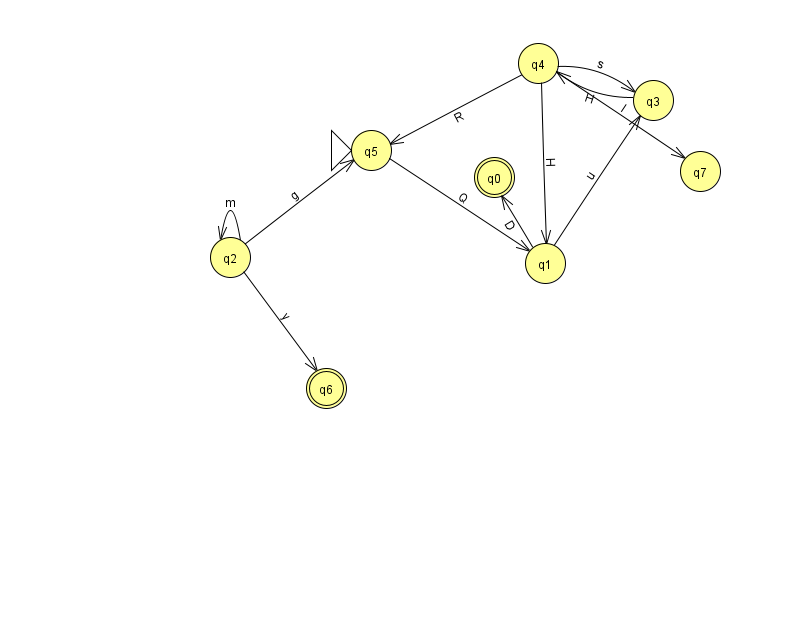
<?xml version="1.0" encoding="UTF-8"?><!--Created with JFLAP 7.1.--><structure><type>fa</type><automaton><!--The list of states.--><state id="0" name="q0"><x>494.0</x><y>164.0</y><final/></state><state id="1" name="q1"><x>545.0</x><y>250.0</y></state><state id="2" name="q2"><x>230.0</x><y>244.0</y></state><state id="3" name="q3"><x>653.0</x><y>87.0</y></state><state id="4" name="q4"><x>538.0</x><y>50.0</y></state><state id="5" name="q5"><x>371.0</x><y>137.0</y><initial/></state><state id="6" name="q6"><x>326.0</x><y>375.0</y><final/></state><state id="7" name="q7"><x>700.0</x><y>158.0</y></state><!--The list of transitions.--><transition><from>4</from><to>1</to><read>H</read></transition><transition><from>2</from><to>5</to><read>g</read></transition><transition><from>1</from><to>0</to><read>D</read></transition><transition><from>2</from><to>6</to><read>y</read></transition><transition><from>4</from><to>3</to><read>s</read></transition><transition><from>4</from><to>7</to><read>l</read></transition><transition><from>4</from><to>5</to><read>R</read></transition><transition><from>3</from><to>4</to><read>H</read></transition><transition><from>1</from><to>3</to><read>u</read></transition><transition><from>2</from><to>2</to><read>m</read></transition><transition><from>5</from><to>1</to><read>Q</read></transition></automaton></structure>